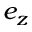
e _ { z }